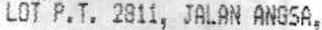
LOT P.T. 2811, JALAN ANGSA,